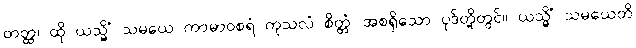
တတ္ထ၊ ထို ယသ္မိံ သမယေ ကာမာဝစရံ ကုသလံ စိတ္တံ၊ အစရှိသော ပုဒ်တို့တွင်။ ယသ္မိံ သမယေတိ